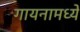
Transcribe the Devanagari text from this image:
गायनामध्ये